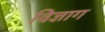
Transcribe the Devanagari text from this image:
विज्ञाग